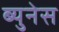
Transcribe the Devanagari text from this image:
ब्युनेस